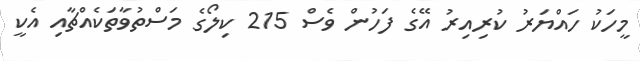
މީހަކު ހައްޔަރު ކުރިއިރު އޭގެ ފަހުން ވެސް 215 ކިލޯގެ މަސްތުވާތަކެއްޗާއި އެކީ